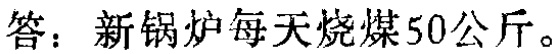
答：新锅炉每天烧煤50公斤。